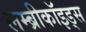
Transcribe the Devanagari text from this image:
लम्ब्रीकॉइड्स